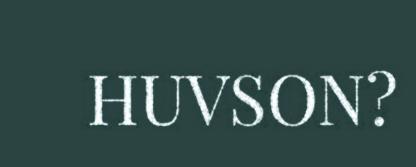
HUVSON?